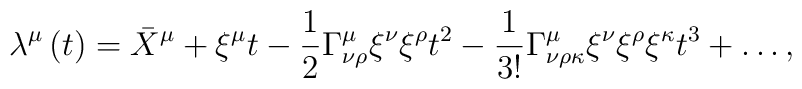
\lambda^\mu \left( t\right) = \bar{X}^\mu +\xi^\mu t -\frac{1}{2}\Gamma^{\mu}_{\nu\rho} \xi^\nu\xi^\rho t^2 -\frac{1}{3!}\Gamma^\mu_{\nu\rho\kappa}\xi^\nu\xi^\rho\xi^\kappa t^3 +\ldots ,